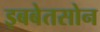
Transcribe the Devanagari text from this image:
इबबेतसोन